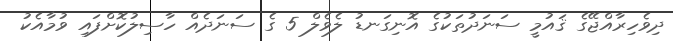
ދިވެހިރާއްޖޭގެ ޤައުމީ ސަނަދުތަކުގެ އޮނިގަނޑު ލެވެލް 5 ގެ ސަނަދެއް ހާސިލުކޮށްފައި ވުމާއެކު